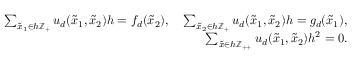
\begin{array} { r c l } { \sum _ { \tilde { x } _ { 1 } \in h \mathbb Z _ { + } } u _ { d } ( \tilde { x } _ { 1 } , \tilde { x } _ { 2 } ) h = f _ { d } ( \tilde { x } _ { 2 } ) , ~ ~ ~ \sum _ { \tilde { x } _ { 2 } \in h \mathbb Z _ { + } } u _ { d } ( \tilde { x } _ { 1 } , \tilde { x } _ { 2 } ) h = g _ { d } ( \tilde { x } _ { 1 } ) , } \\ { \sum _ { \tilde { x } \in h \mathbb Z _ { + + } } u _ { d } ( \tilde { x } _ { 1 } , \tilde { x } _ { 2 } ) h ^ { 2 } = 0 . } \end{array}